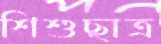
শিশুছাত্র